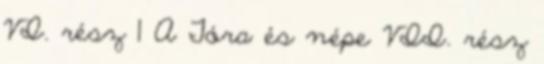
VI. rész 1 A Tóra és népe VII. rész